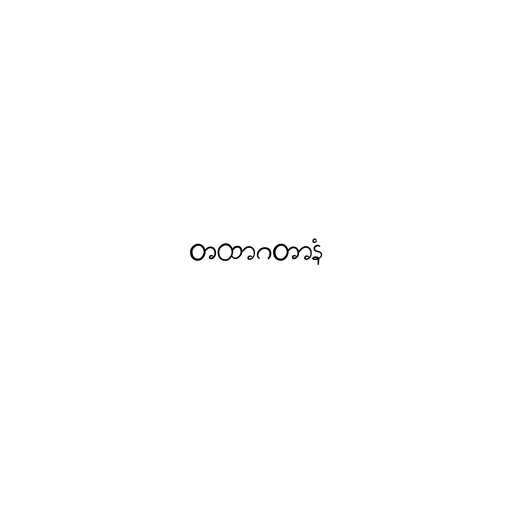
တထာဂတာနံ